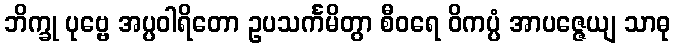
ဘိက္ခု ပုဗ္ဗေ အပ္ပဝါရိတော ဥပသင်္ကမိတွာ စီဝရေ ဝိကပ္ပံ အာပဇ္ဇေယျ သာဓု